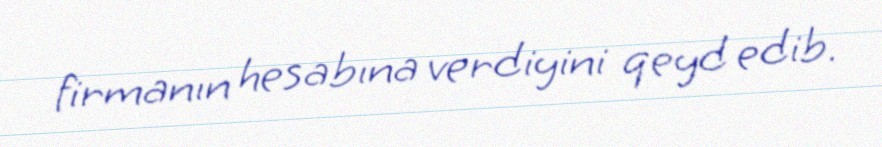
firmanın hesabına verdiyini qeyd edib.